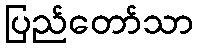
ပြည်တော်သာ